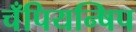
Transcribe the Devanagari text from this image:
चँपियन्षिप